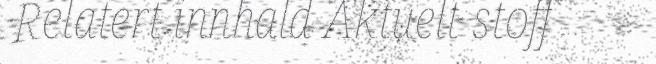
Relatert innhald Aktuelt stoff